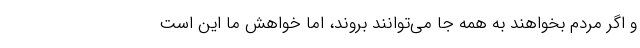
و اگر مردم بخواهند به همه جا می‌توانند بروند، اما خواهش ما این است